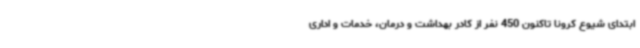
ابتدای شیوع کرونا تاکنون 450 نفر از کادر بهداشت و درمان، خدمات و اداری